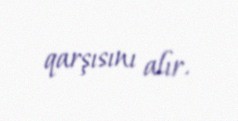
qarşısını alır.